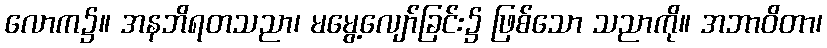
လောက၌။ အနဘိရတသညာ၊ မမွေ့လျော်ခြင်း၌ ဖြစ်သော သညာကို။ အဘာဝိတာ၊